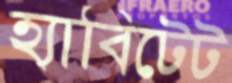
হ্যাবিটেট